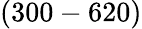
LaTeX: (300-620)